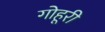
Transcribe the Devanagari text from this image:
गोहूरी